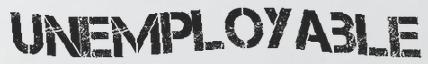
UNEMPLOYABLE